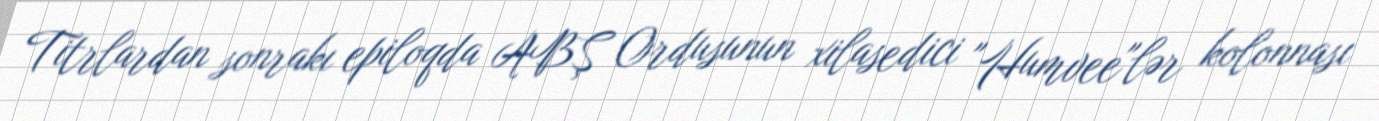
Titrlardan sonrakı epiloqda ABŞ Ordusunun xilasedici "Humvee"lər kolonnası